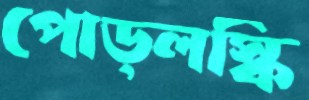
পোড্লস্কি